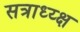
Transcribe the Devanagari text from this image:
सत्राध्य्क्ष